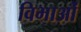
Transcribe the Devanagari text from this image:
विभाओं